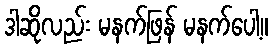
ဒါဆိုလည်း မနက်ဖြန် မနက်ပေါ့။